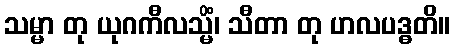
သမ္မာ တု ယုဂကီလသ္မိံ၊ သီတာ တု ဟလပဒ္ဓတိ။